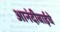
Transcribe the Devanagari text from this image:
आनंदीबाईचे